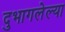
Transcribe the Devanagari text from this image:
दुभागलेल्या